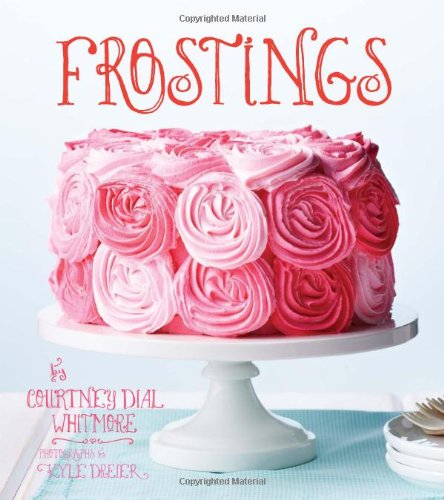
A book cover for Frostings; Courtney Dial Whitmore; Cookbooks, Food & Wine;